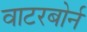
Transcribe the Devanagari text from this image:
वाटरबोर्न